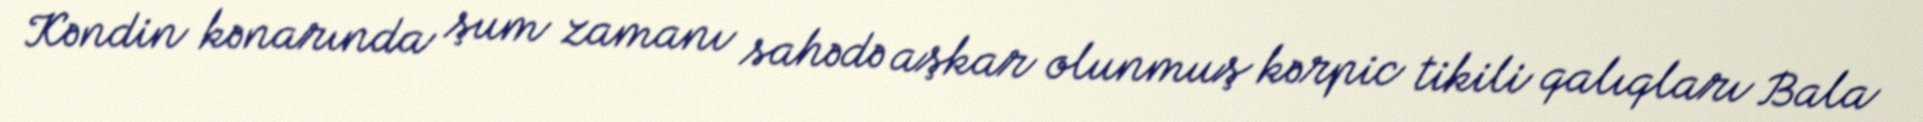
Kəndin kənarında şum zamanı sahədə aşkar olunmuş kərpic tikili qalıqları Bala